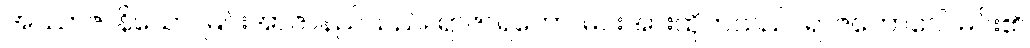
အဿာဇာနိယော၊ မြင်းအာဇာနည်သည်။ ရာဇာရဟော၊ မင်းအားထိုက်သည်။ ရာဇဘောဂေါ၊ မင်း၏